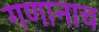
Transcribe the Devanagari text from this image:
गणानाच